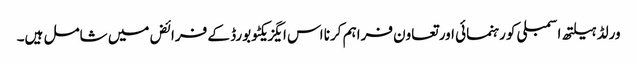
ورلڈ ہیلتھ اسمبلی کو رہنمائی اور تعاون فراہم کرنا اس ایگزیکٹو بورڈ کے فرائض میں شامل ہیں۔